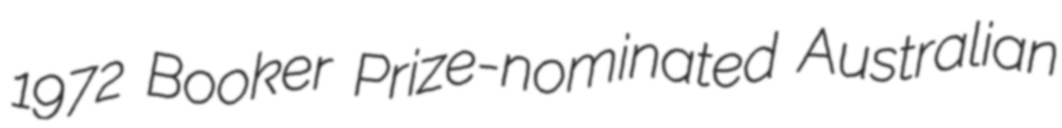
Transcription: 1972 Booker Prize-nominated Australian